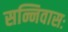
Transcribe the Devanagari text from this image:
सन्निवासः